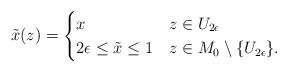
LaTeX: \begin{align*}\tilde{x}(z) = \begin{cases}x & z \in U_{2\epsilon}\\2 \epsilon \leq \tilde{x} \leq 1 & z \in M_0 \setminus \{ U_{2\epsilon}\}.\\\end{cases}\end{align*}